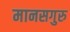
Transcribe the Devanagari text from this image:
मानसगुरु